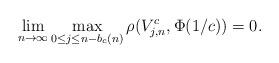
LaTeX: \begin{align*}\lim_{n\to\infty}\max_{0\leq j\leq n-b_c(n)}\rho(V^c_{j,n},\Phi(1/c))=0.\end{align*}